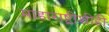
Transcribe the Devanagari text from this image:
माहाराष्ट्रीशीही